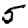
Digit: 5